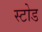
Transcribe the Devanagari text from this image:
स्टोड